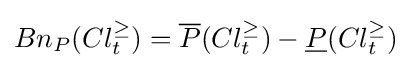
Bn_{P}(Cl_{t}^{\geq })={\overline {P}}(Cl_{t}^{\geq })-{\underline {P}}(Cl_{t}^{\geq })